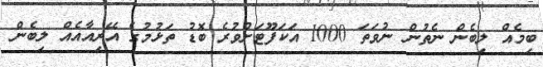
ބިމެއް ލިބެން ނެތުން ނުވަތަ 1000 އަކަފޫޓަށްވުރެ ބޮޑު ތަޅުމުގެ އޭރިއާއެއް ލިބެން